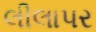
લીલાપર